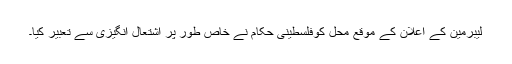
لیبرمین کے اعلان کے موقع محل کوفلسطینی حکام نے خاص طور پر اشتعال انگیزی سے تعبیر کیا۔